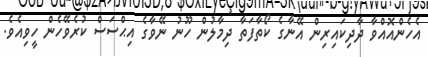
އެހެންއޮއްވާ ދާދިކައިރިން އޭނާގެ ކޯތާފަތާ ދިމާލުން ހޫނު ނޭވާގެ އިޙްސަސް ކުރެވޭހެން ހީވިއެވެ.